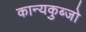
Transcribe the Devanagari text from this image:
कान्यकुब्जो